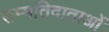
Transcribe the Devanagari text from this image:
सम्मतिदाताओं